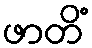
ဖာတိံ